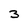
Character: 3